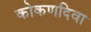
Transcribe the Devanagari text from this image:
कोकणदिवा